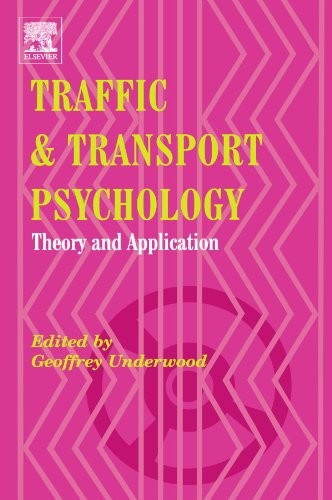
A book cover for Traffic and Transport Psychology: Theory and Application; Medical Books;